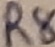
Text: R8